Maali_päevik, lk 157
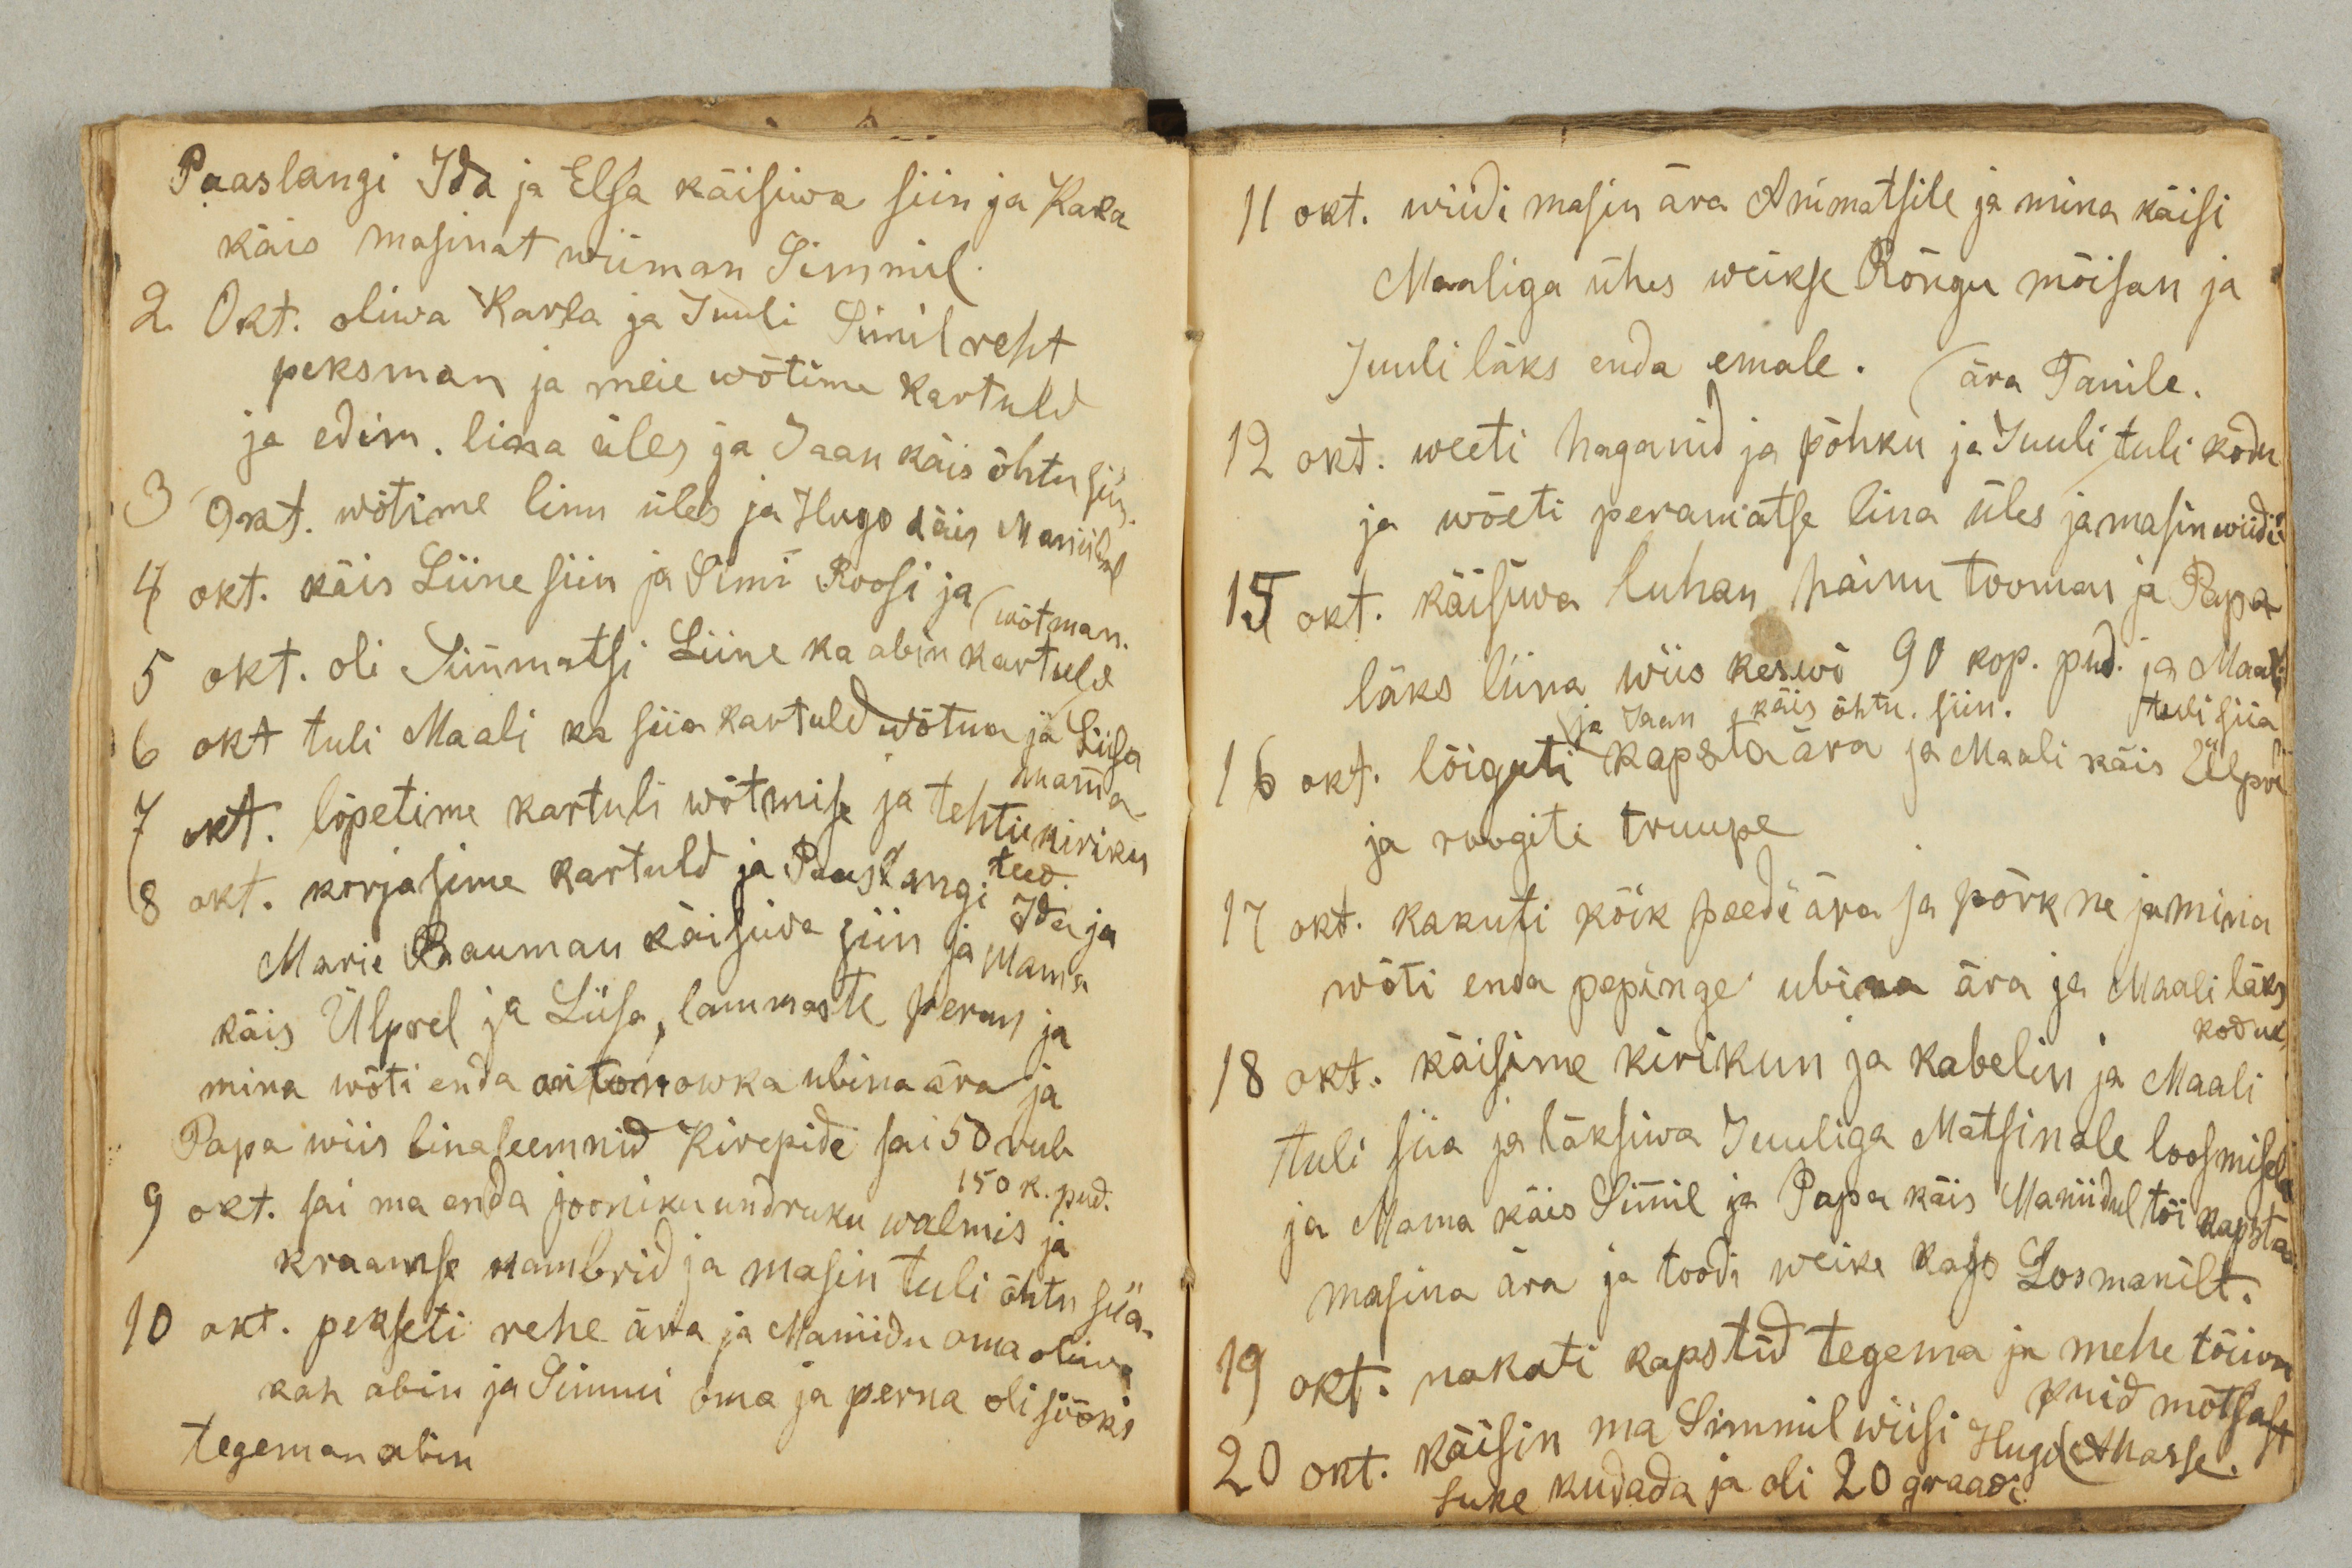
Paaslangi Ida ja Elsa käisiwa siin ja Karla
käis masinat wiiman Simmil.
2 Okt. oliwa Karla ja Juuli Simil reht
peksman ja meie wõtime kartuld
ja edim. lina üles ja Jaan käis õhtu siin.
3 Okt. wõtime linu üles ja Hugo käis Maniidul
4 okt. käis Liine siin ja Simi Roosi ja
wõtman.
5 okt. oli Simmatsi Liine ka abin kartuld
6 okt tuli Maali ka siia kartuld wõtma ja Liisa
mamma
7 okt. lõpetime kartuli wõtmise ja tehti kiriku
teed.
8 okt. korjasime kartuld ja Paaslangi Ida ja
Marie Bauman käisiwa siin ja Mama
käis Ülprel ja Liisa lammaste peran ja
mina wõti enda antonowka ubina ära ja
Papa wiis linaseemnid Kirepide sai 50 rub
150 k. pud.
9 okt. sai ma enda jooniku undruku walmis ja
kraamse kambrid ja masin tuli õhtu siia.
10 okt. pekseti rehe ära ja Maniidu oma oliwa
kah abin ja Simmi oma ja perna oli sööki
tegeman abin

11 okt. wiidi masin ära Animatsile ja mina käisi
Maaliga ühes weikse Rõngu mõisan ja
Juuli läks enda emale.
ära Tanile.
12 okt. weeti haganid ja põhku ja Juuli tuli kodu
ja wõeti peramatse lina üles ja masin wiidi
15 okt. käisiwa luhan hainu toomas ja Papa
läks liina wiis keswi 90 kop. pud. ja Maali
tuli siia.
ja Jaan käis õhtu siin.
16 okt. lõigati kapsta ära ja Maali käis Ülprel
ja roogiti truupe.
17 okt. kakuti kõik peedi ära ja põrkne ja mina
wõti enda pepinge ubina ära ja Maali läks
kodu.
18 okt. käisime kirikun ja kabelin ja Maali
tuli siia ja läksiwa Juuliga Matsinale loosmisele
ja Mama käis Simmil ja Papa käis Maniidul tõi kapsta
masina ära ja toodi weike kap Losmanilt.
19 okt. hakati kapstid tegema ja mehe tõiwa
puid mõtsast
Ahasse.
20 okt. käisin ma Simmil wiisi Hugo
suke kudada ja oli 20 graadi